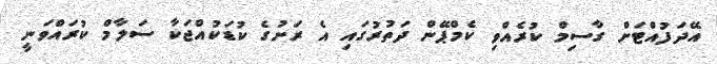
އޭދަފުއްޓަށް ގާސިމް ކުރެއްވި ކެމްޕޭން ދަތުރުގައި އެ ރަށުގެ ކުޑަކުއްޖަކާ ސަލާމް ކުރައްވަނީ